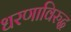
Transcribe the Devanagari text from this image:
धरणाविरुद्ध